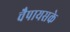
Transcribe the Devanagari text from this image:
चैपायसके